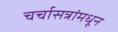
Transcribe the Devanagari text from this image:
चर्चासत्रांमधून